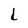
Character: L